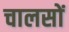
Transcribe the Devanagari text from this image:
चालसों